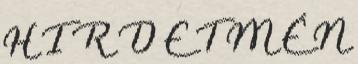
H I R D E T M É N